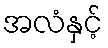
အလံနှင့်